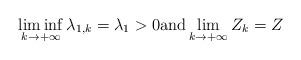
LaTeX: \begin{align*} \liminf_{k \to +\infty} \lambda_{1,k} = \lambda_1 > 0 \textup{and} \lim_{k \to +\infty} Z_k = Z \end{align*}